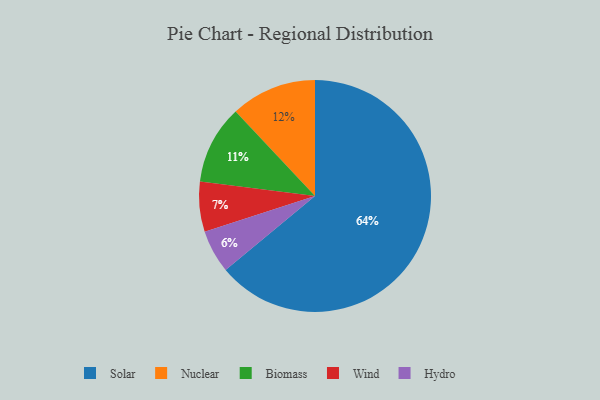
{"axis": {"x": "Category", "y": "Percentage"}, "legend": ["Biomass", "Hydro", "Nuclear", "Solar", "Wind"], "data": [{"x": "Nuclear", "y": 12, "type": "Nuclear"}, {"x": "Wind", "y": 7, "type": "Wind"}, {"x": "Biomass", "y": 11, "type": "Biomass"}, {"x": "Hydro", "y": 6, "type": "Hydro"}, {"x": "Solar", "y": 64, "type": "Solar"}]}